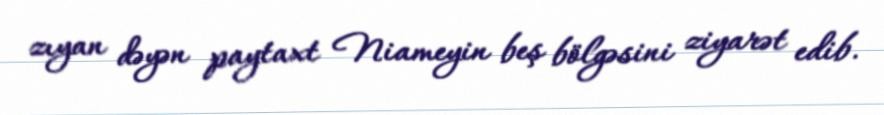
zıyan dəyən paytaxt Niameyin beş bölgəsini ziyarət edib.